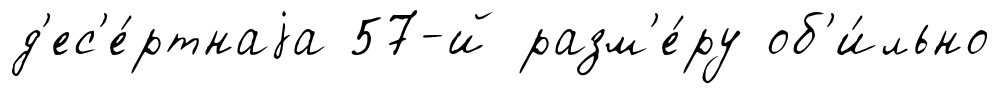
д'ес'е́ртнаjа 57-й разм'е́ру об'и́льно